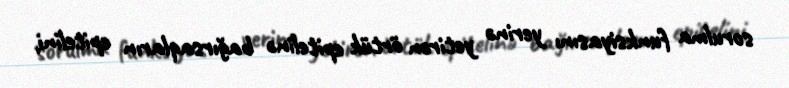
sorulma funksiyasını yerinə yetirən örtük epitelinə bağırsaqların epitelini,